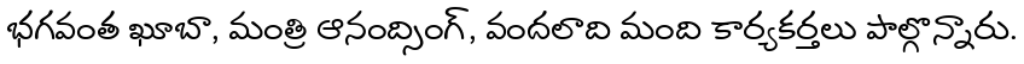
భగవంత ఖూబా, మంత్రి ఆనంద్సింగ్, వందలాది మంది కార్యకర్తలు పాల్గొన్నారు.